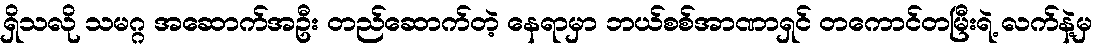
ရှိသလို သမဂ္ဂ အဆောက်အဦး တည်ဆောက်တဲ့ နေရာမှာ ဘယ်စစ်အာဏာရှင် တကောင်တမြီးရဲ့ လက်နဲ့မှ